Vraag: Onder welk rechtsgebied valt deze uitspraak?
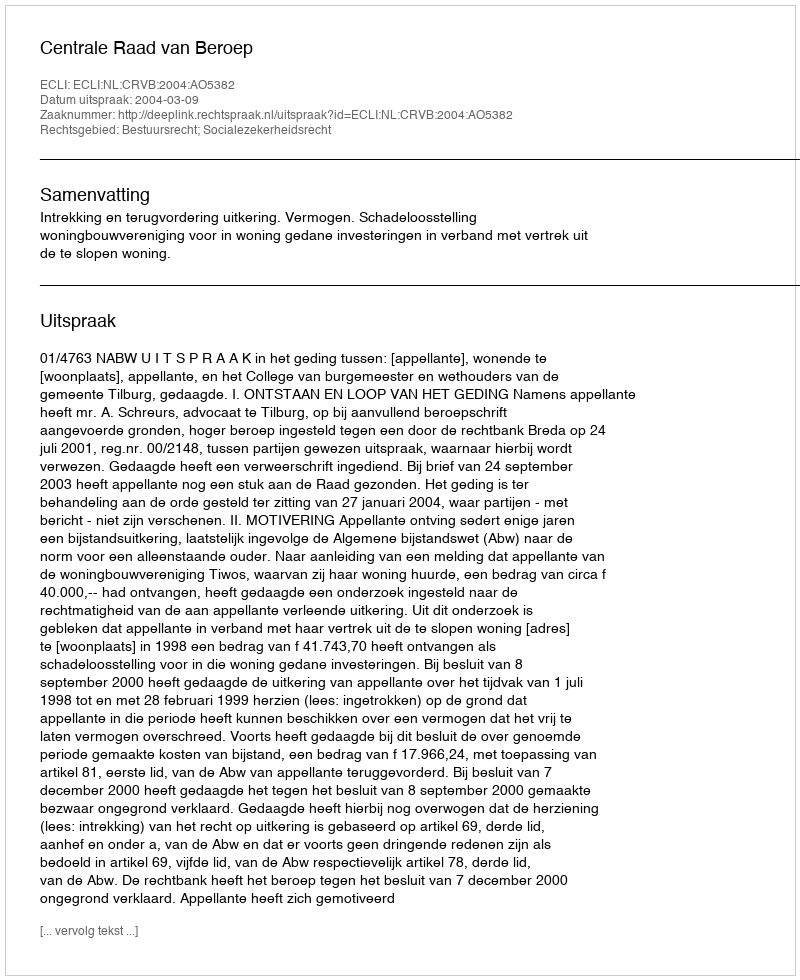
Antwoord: Bestuursrecht; Socialezekerheidsrecht